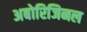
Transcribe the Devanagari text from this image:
अबोरिजिनल